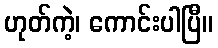
ဟုတ်ကဲ့၊ ကောင်းပါပြီ။